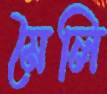
মৈলি